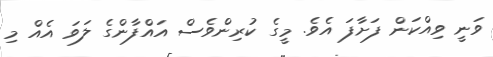
ވަނީ ވިއްކަން ފަށާފަ އެވެ. މީގެ ކުރިންވެސް އައްފާންގެ ލަވަ އެއް މި